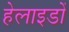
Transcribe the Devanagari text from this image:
हेलाइडों